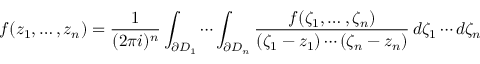
f ( z _ { 1 } , \dots , z _ { n } ) = { \frac { 1 } { ( 2 \pi i ) ^ { n } } } \int _ { \partial D _ { 1 } } \cdots \int _ { \partial D _ { n } } { \frac { f ( \zeta _ { 1 } , \dots , \zeta _ { n } ) } { ( \zeta _ { 1 } - z _ { 1 } ) \cdots ( \zeta _ { n } - z _ { n } ) } } \, d \zeta _ { 1 } \cdots d \zeta _ { n }